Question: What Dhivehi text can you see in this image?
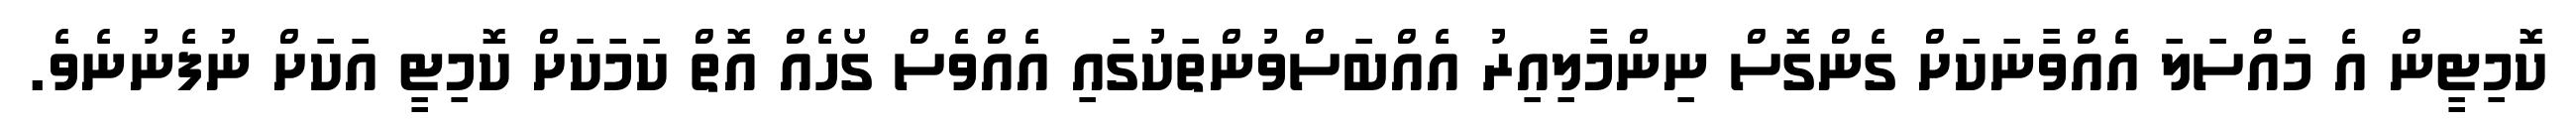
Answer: ކޮމިޓީން އެ މައްސަލަ އެއްވާނަކަށް ގެންގޮސް ނިންމާލިއިރު އެއްބަސްވުންތަކުގައި އެއްވެސް ގޯހެއް އޮތް ކަމަކަށް ކޮމިޓީ އަކަށް ނުފެނުނެވެ.